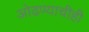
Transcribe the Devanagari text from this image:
ओढण्याचीही